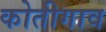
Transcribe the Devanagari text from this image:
कोतीगाव